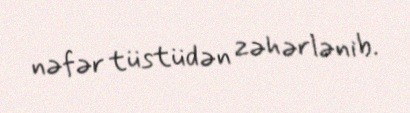
nəfər tüstüdən zəhərlənib.